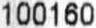
100160